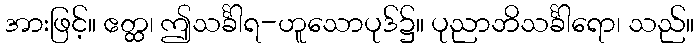
အားဖြင့်။ ဧတ္ထ၊ ဤသင်္ခါရ-ဟူသောပုဒ်၌။ ပုညာဘိသင်္ခါရော၊ သည်။